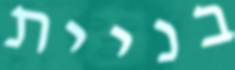
בניית